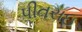
પીતરાઇ